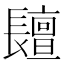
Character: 𨲷